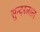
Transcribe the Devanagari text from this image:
सुन्‍दरलाल